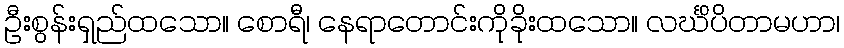
ဦးစွန်းရှည်ထသော။ စောရီ၊ နေရာတောင်းကိုခိုးထသော။ လင်္ဃိပိတာမဟာ၊